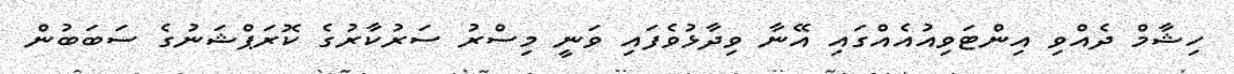
ހިޝާމް ދެއްވި އިންޓަވިއުއެއްގައި އޭނާ ވިދާޅުވެފައި ވަނީ މިސްރު ސަރުކާރުގެ ކޮރަޕްޝަނުގެ ސަބަބުން